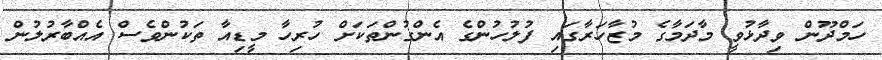
ހަމްދޫން ވިދާޅުވީ މާދަމާގެ މުޒާހަރާގައި ފުލުހުންގެ އެންގުންތަކަށް ހުރިހާ މީޑިއާ ތަކުންވެސް އެއްބާރުލުން